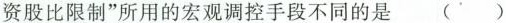
资股比限制”所用的宏观调控手段不同的是()